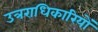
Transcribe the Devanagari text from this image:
उत्रराधिकारियों